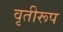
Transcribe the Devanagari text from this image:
वृतीरूप